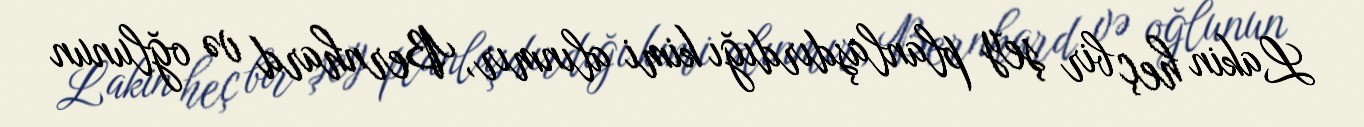
Lakin heç bir şey planlaşdırdığı kimi alınmır, Bernhard və oğlunun